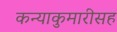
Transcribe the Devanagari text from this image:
कन्याकुमारीसह